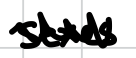
Text: sexes
Cross-out: zig-zag
Writing tool: digital_black